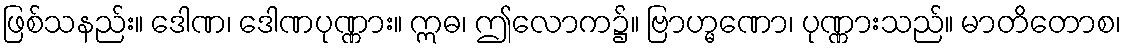
ဖြစ်သနည်း။ ဒေါဏ၊ ဒေါဏပုဏ္ဏား။ ဣဓ၊ ဤလောက၌။ ဗြာဟ္မဏော၊ ပုဏ္ဏားသည်။ မာတိတောစ၊